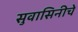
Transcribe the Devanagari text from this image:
सुवासिनीचे